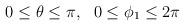
LaTeX: \begin{align*}0 \leq \theta \leq \pi,\ \ 0 \leq \phi_1 \leq 2\pi\end{align*}